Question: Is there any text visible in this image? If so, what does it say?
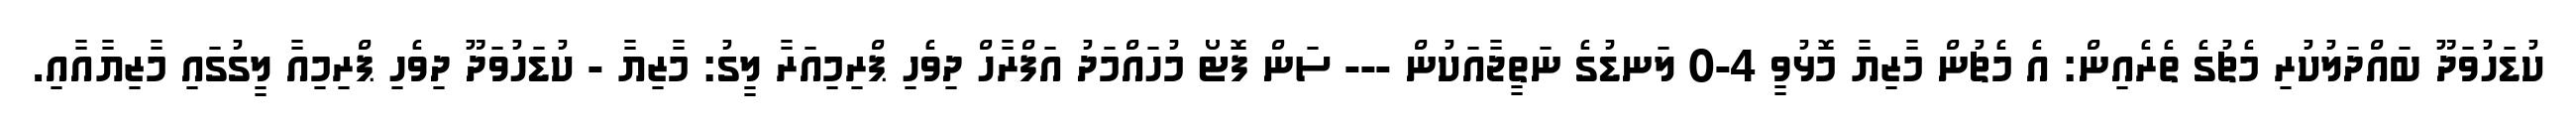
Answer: ކުޑަހުވަދޫ ބައްދަލުކުރި މެޗުގެ ތެރެއިން: އެ މެޗުން މާޒިޔާ މޮޅުވީ 4-0 ލަނޑުގެ ނަތީޖާއަކުން --- ސަން ފޮޓޯ މުހައްމަދު އަފްރާހް ދިވެހި ޕްރިމިއަރާ ލީގު: މާޒިޔާ - ކުޑަހުވަދޫ ދިވެހި ޕްރިމިއާ ލީގުގައި މާޒިޔާއާއި.